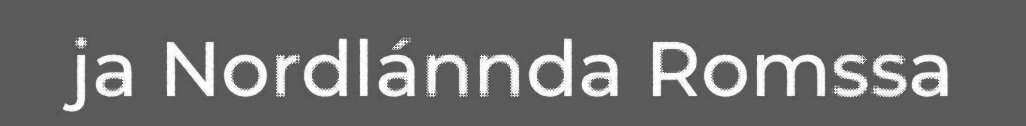
ja Nordlánnda Romssa